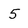
Character: 5